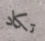
تكاد